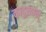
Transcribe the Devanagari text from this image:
कादुखान्